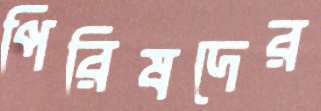
পিরিষদের